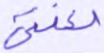
لعنتي